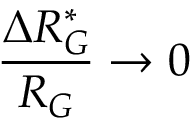
\frac { \Delta R _ { G } ^ { * } } { R _ { G } } \rightarrow 0